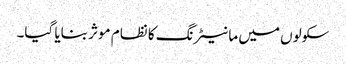
سکولوں میں مانیٹرنگ کا نظام موثر بنایا گیا۔